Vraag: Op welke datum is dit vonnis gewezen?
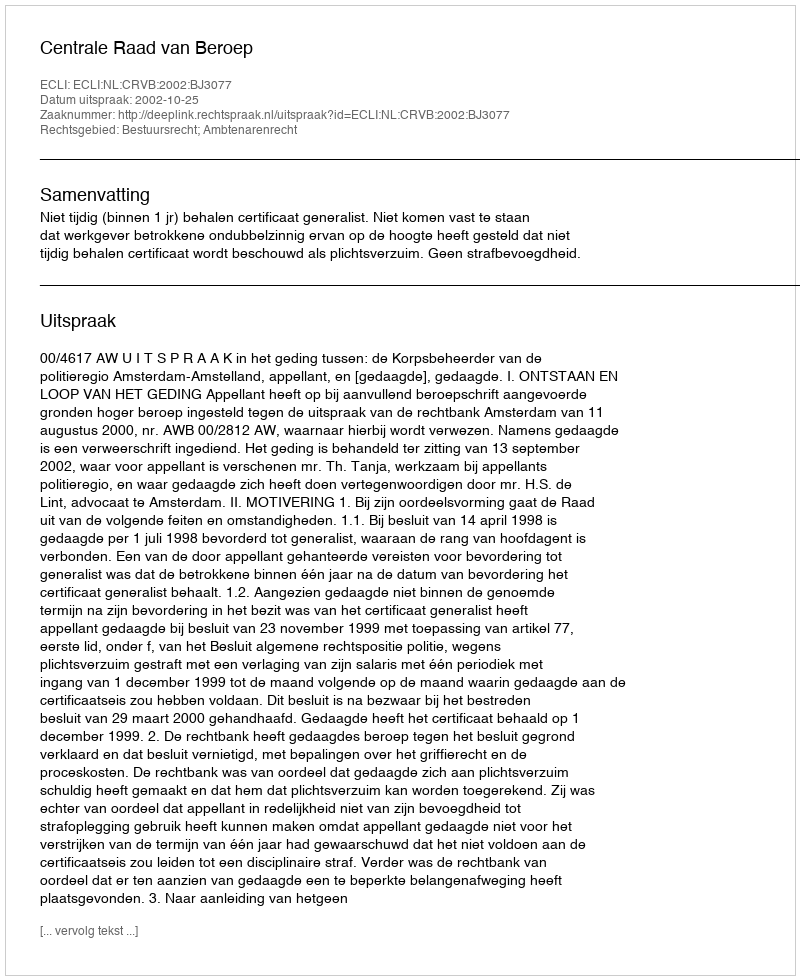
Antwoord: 2002-10-25